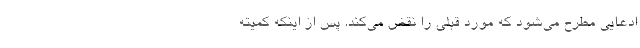
ادعایی مطرح می‌شود که مورد قبلی را نقض می‌کند. پس از اینکه کمیته